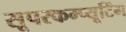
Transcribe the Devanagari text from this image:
सूपरकम्प्यूटिंग